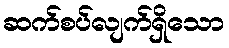
ဆက်စပ်လျက်ရှိသော